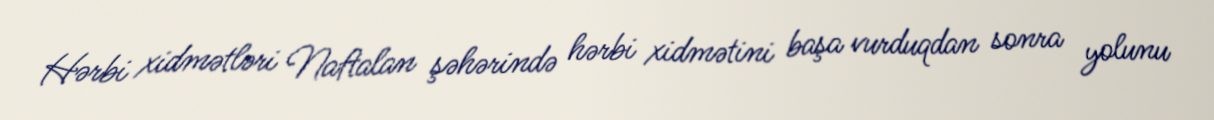
Hərbi xidmətləri Naftalan şəhərində hərbi xidmətini başa vurduqdan sonra yolunu